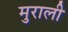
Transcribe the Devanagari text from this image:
मुराली